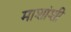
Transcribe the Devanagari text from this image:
माशांशी